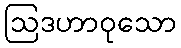
ဩဒဟာဝုသော